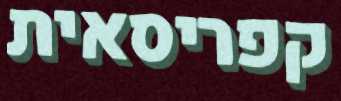
קפריסאית